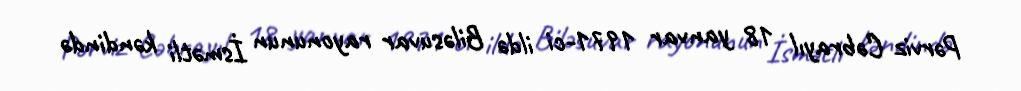
Pərviz Cəbrayıl 18 yanvar 1971-ci ildə Biləsuvar rayonunun İsmətli kəndində